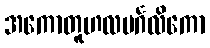
အကောတူဟလမင်္ဂလိကော